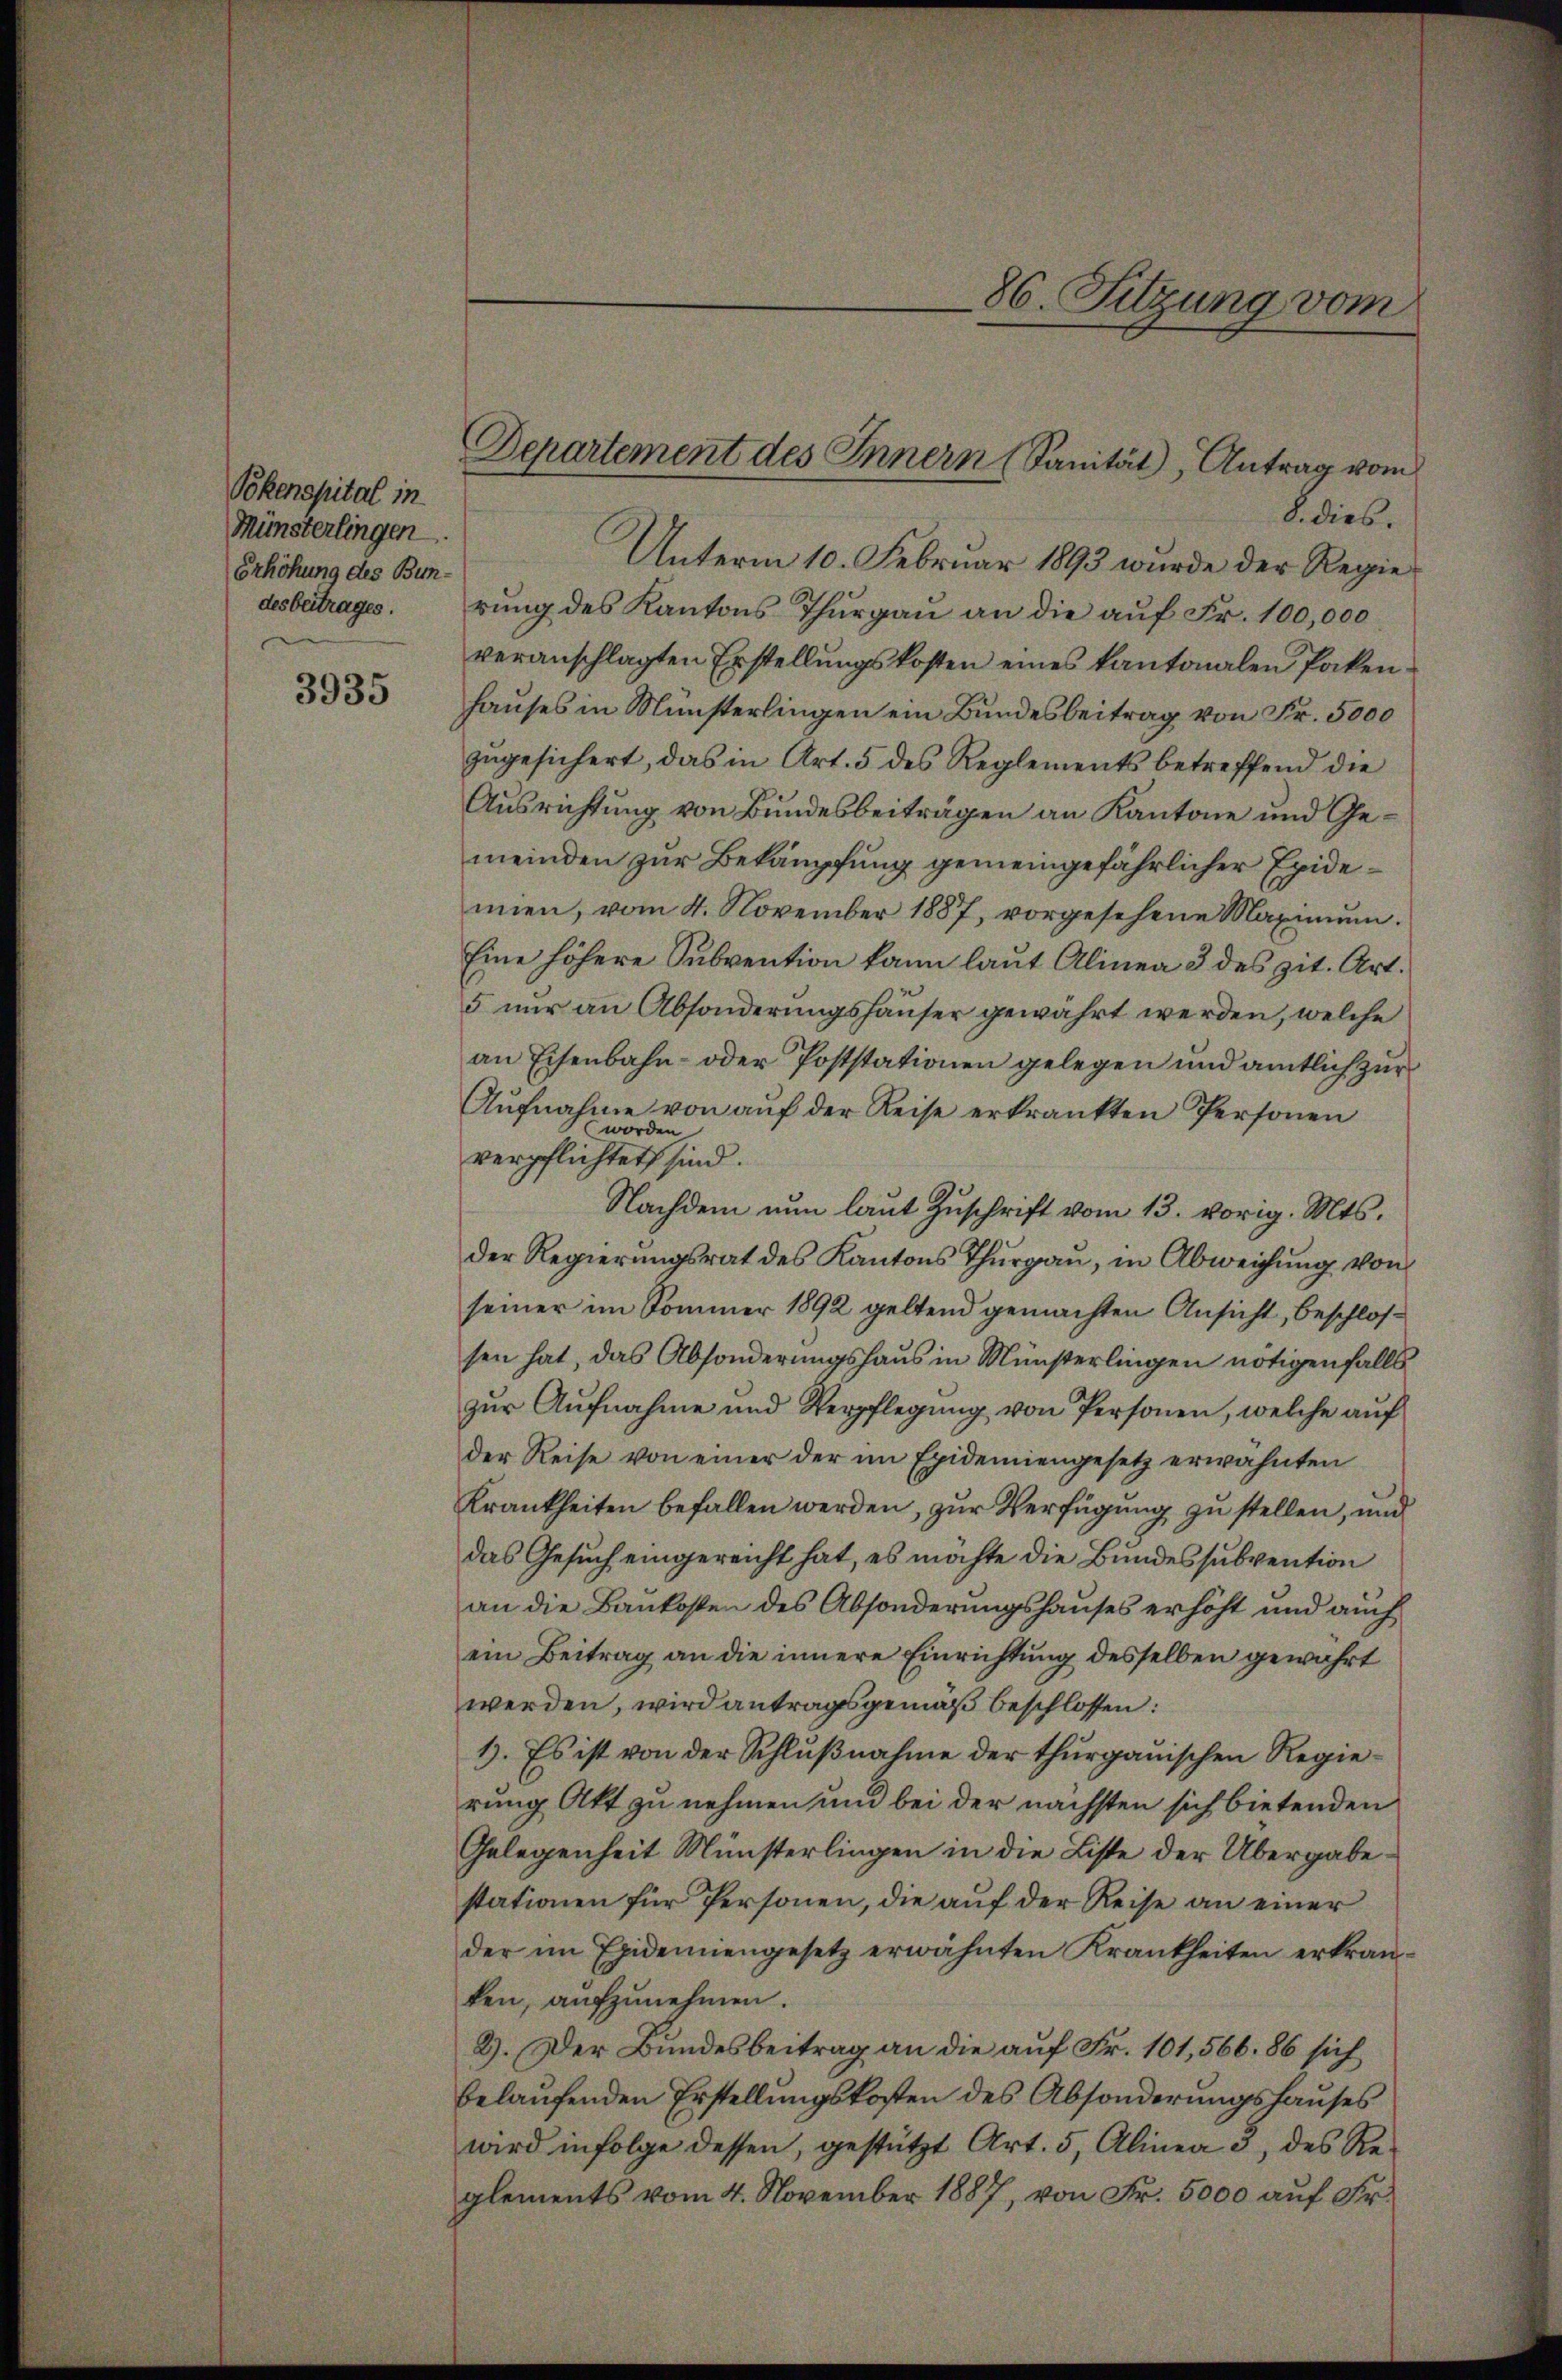
Pokenspital in
Münsterlingen.
Erhöhung des Bundesbeitrages.

3935

S. dies.
Unterm 10. Februar 1893 wurde der Regierung des Kantons Thurgau an die auf Fr. 100,000
veranschlagten Erstellungskosten eines kantonalen Packenhauses in Münsterlingen ein Bundesbeitrag von Fr. 5000
zugesichert, das in Art. 5 des Reglements betreffend die
Ausrichtung von Bundesbeiträgen an Kantone und Gemeinden zur Bekämpfung gemeingefährlicher Exidemien, vom 4. November 1887, vorgesehene Maximŭm.
Eine höhere Subvention kann laut Alinea 3 des zit. Art.
5 nur an Absonderungshauser gewährt werden, welche
an Eisenbahn- oder Poststationen gelegen und amtlich zur
Aufnahme von auf der Reise erkrankten Personen
verpflichte es sind.
Nachdem nun laut Zuschrift vom 13. vorig. Mts.
der Regierungsrat des Kantons Thurgau, in Abweichung von
seiner im Sommer 1892 geltend gemachten Ansicht, Beschlossen hat, das Absonderungshaus in Münsterlingen nötigenfalls
zur Aufnahme und Verpflegung von Personen, welche auf
der Reise von einer der im Epidemiengesetz erwähnten
Krankheiten befallen werden, zur Verfügung zu stellen, und
das Gesuch eingereicht hat, es möchte die Bundessubvention
an die Baukosten des Absonderungshauses erhöht und auch
ein Beitrag an die innere Einrichtung desselben gewahrt
werden, wird antragsgemäß beschlossen:
1. Es ist von der Schlußnahme der thurgauischen Regierung Akt zu nehmen und bei der nächsten sich bietenden
Gelegenheit Münsterlingen in die Liste der Übergabestationen für Personen, die auf der Reise an einer
der im Epidemiengesetz erwähnten Krankheiten erkran-
ken, aufzunehmen.
2). Der Bundesbeitrag an die auf Fr. 101, 566. 86 sich
belaufenden Erstellungskosten des Absonderungshauses
wird infolge dessen, gestützt Art. 5, Alinea 3, des Reglements vom 4. November 1887, von Fr. 5000 auf Fr.

86. Sitzung vom

Departement des Innern (Sanität, Antrag vom